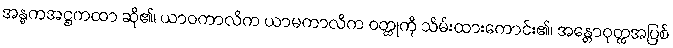
အန္ဓကအဋ္ဌကထာ ဆို၏၊ ယာဝကာလိက ယာမကာလိက ဝတ္ထုကို သိမ်းထားကောင်း၏၊ အန္တောဝုတ္ထအပြစ်